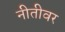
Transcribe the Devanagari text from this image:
नीतीवर